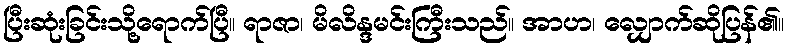
ပြီးဆုံးခြင်းသို့ရောက်ပြီ။ ရာဇာ၊ မိလိန္ဒမင်းကြီးသည်။ အာဟ၊ လျှောက်ဆိုပြန်၏။